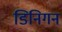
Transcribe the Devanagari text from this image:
डिनिगन